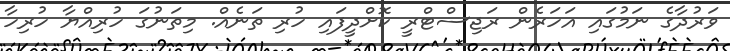
ވަރުދާގެ ނަމުގައި އަހަރެން ރަޖިސްޓްރީ ކޮށްދީފައި ހުރި ތަނެއް. މިތަނުގަ ހުރިއްޔާ ހުރިހާ